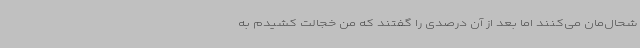
شحال‌مان می‌کنند اما بعد از آن درصدی را گفتند که من خجالت کشیدم به